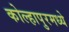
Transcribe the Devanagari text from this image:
कोल्हापुरमध्ये